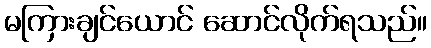
မကြားချင်ယောင် ဆောင်လိုက်ရသည်။